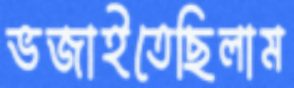
ভজাইতেছিলাম